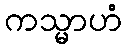
ကသ္မာဟံ